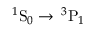
^ 1 \mathrm { S } _ { 0 } \rightarrow \, ^ { 3 } \mathrm { P } _ { 1 }